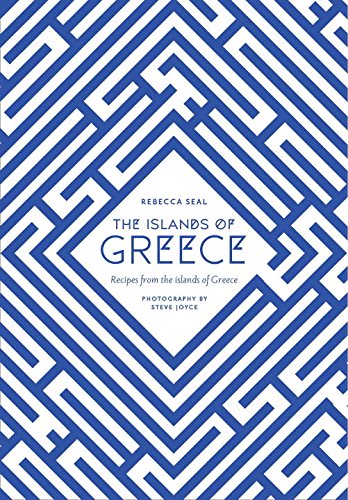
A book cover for The Islands of Greece: Recipes from Across the Greek Seas; Rebecca Seal; Travel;